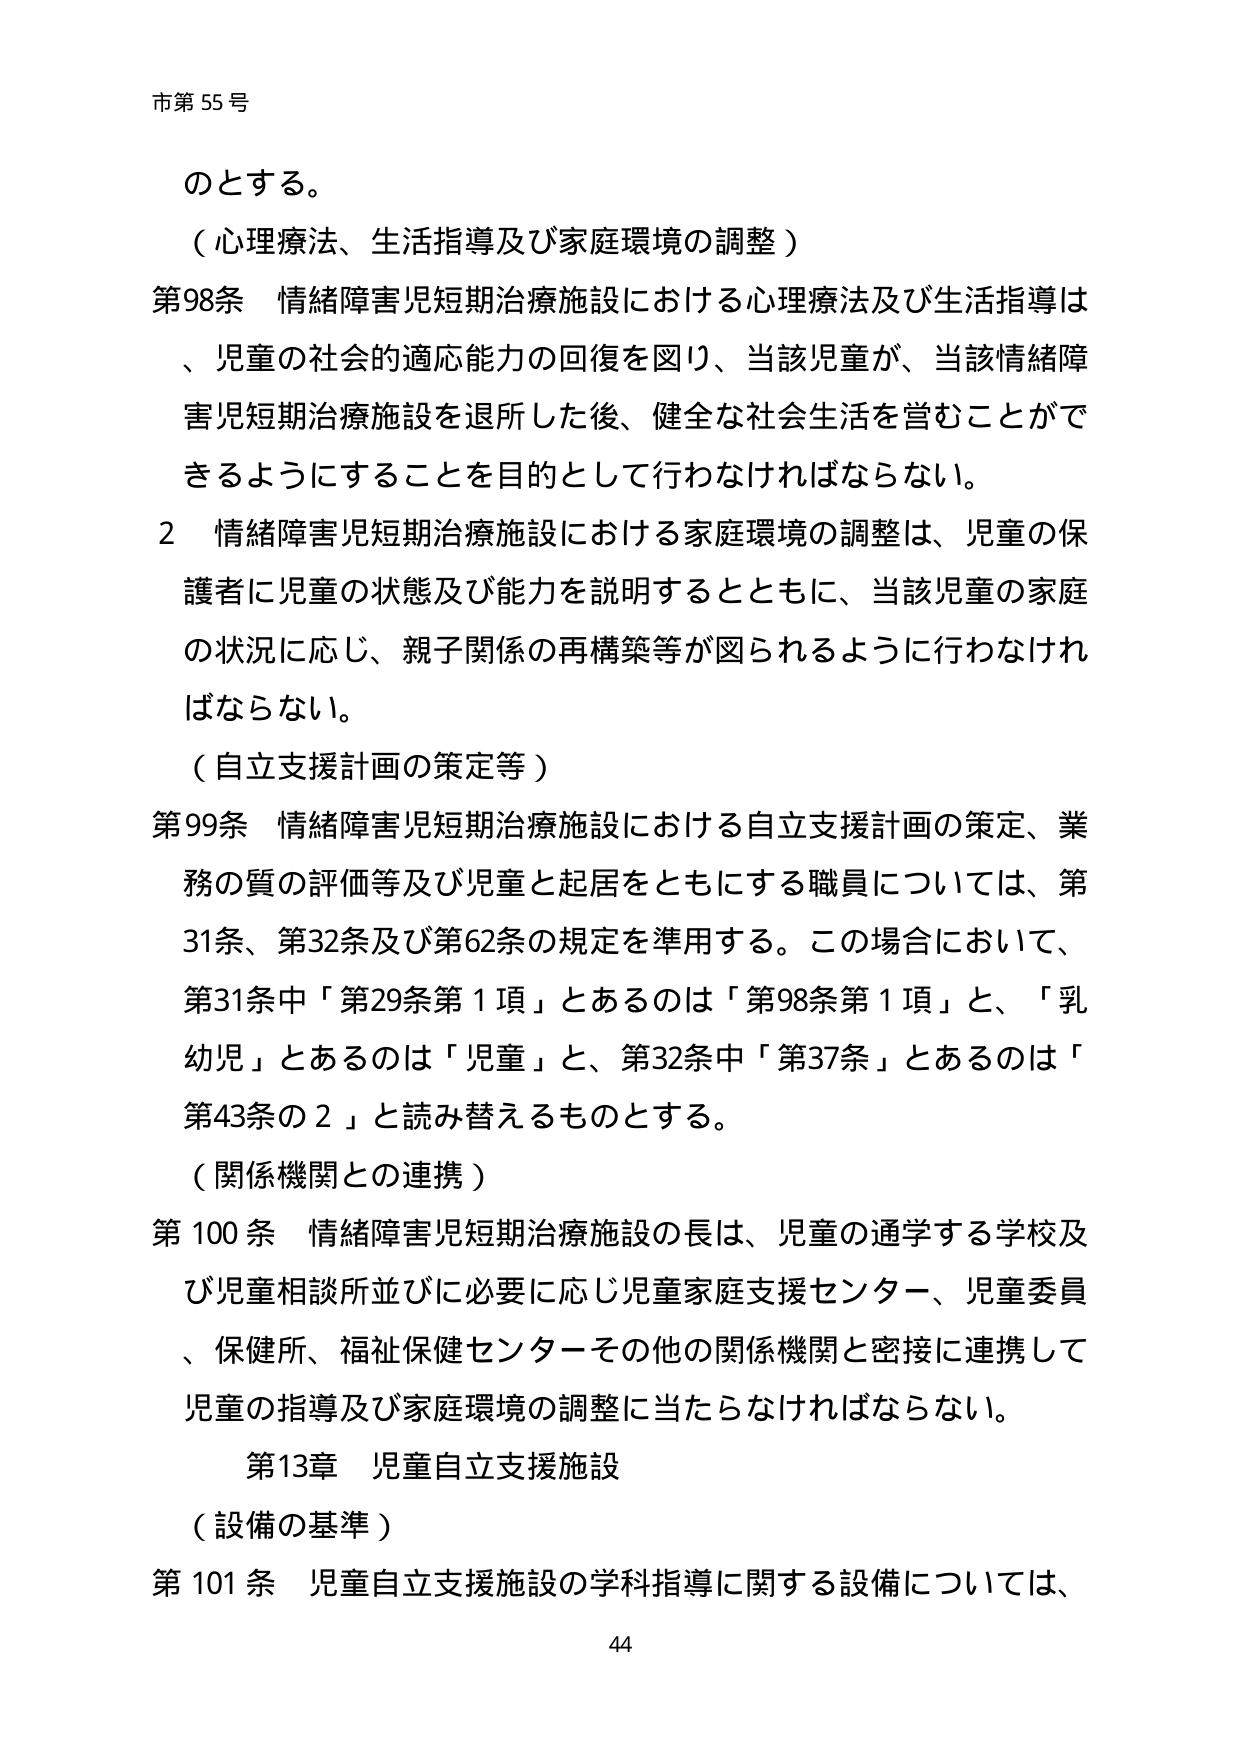
市第55号

のとする。
（心理療法、生活指導及び家庭環境の調整）
第98条 情緒障害児短期治療施設における心理療法及び生活指導は
、児童の社会的適応能力の回復を図り、当該児童が、当該情緒障
害児短期治療施設を退所した後、健全な社会生活を営むことができ
るようにすることを目的として行わなければならない。
2 情緒障害児短期治療施設における家庭環境の調整は、児童の保
護者に児童の状態及び能力を説明するとともに、当該児童の家庭
の状況に応じ、親子関係の再構築等が図られるように行わなけれ
ばならない。
（自立支援計画の策定等）
第99条 情緒障害児短期治療施設における自立支援計画の策定、業
務の質の評価等及び児童と起居をともにする職員については、第
31条、第32条及び第62条の規定を準用する。この場合において、
第31条中「第29条第1項」とあるのは「第98条第1項」と、「乳
幼児」とあるのは「児童」と、第32条中「第37条」とあるのは「
第43条の2」と読み替えるものとする。
（関係機関との連携）
第100条 情緒障害児短期治療施設の長は、児童の通学する学校及
び児童相談所並びに必要に応じ児童家庭支援センター、児童委員
、保健所、福祉保健センターその他の関係機関と密接に連携して
児童の指導及び家庭環境の調整に当たらなければならない。
第13章 児童自立支援施設
（設備の基準）
第101条 児童自立支援施設の学科指導に関する設備については、
44